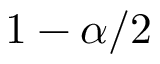
1 - \alpha / 2